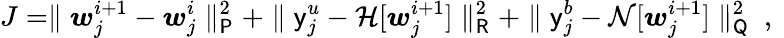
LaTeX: J=\parallel\boldsymbol{w}_{j}^{i+1}-\boldsymbol{w}_{j}^{i}\parallel_{\mathsf{P}}^{2}+\parallel\mathsf{y}_{j}^{u}-\mathcal{H}[\boldsymbol{w}_{j}^{i+1}]\parallel_{\mathsf{R}}^{2}+\parallel\mathsf{y}_{j}^{b}-\mathcal{N}[\boldsymbol{w}_{j}^{i+1}]\parallel_{\mathsf{Q}}^{2}\mathrm{~,~}